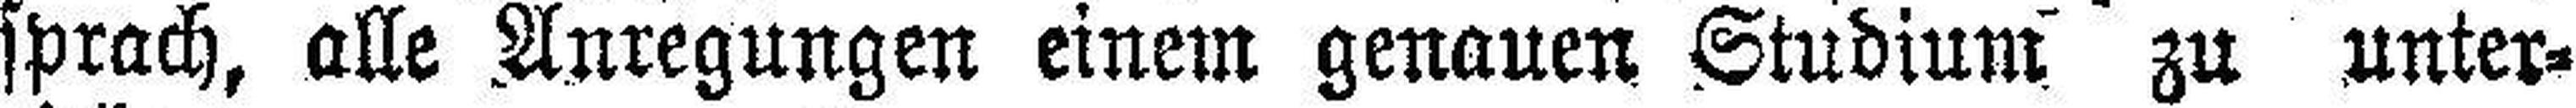
sprach, alle Anregungen einem genauen Studium zu unter¬